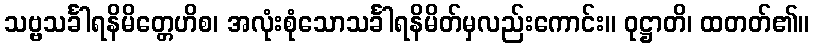
သဗ္ဗသင်္ခါရနိမိတ္တေဟိစ၊ အလုံးစုံသောသင်္ခါရနိမိတ်မှလည်းကောင်း။ ဝုဋ္ဌာတိ၊ ထတတ်၏။